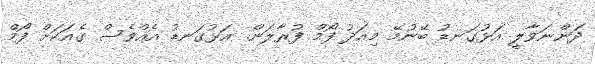
ދަންނަވާލީ އަޅުގަނޑު ބޭނުމޭ މިއަދު ފޯމް ފުރާލަން. އަޅުގަނޑު އެއްވެސް ގެއަކަށް ފޯމް